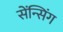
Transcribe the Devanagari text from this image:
सेंन्सिंग